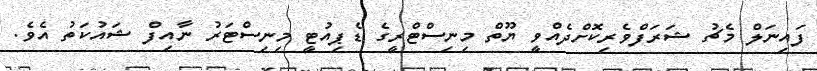
ފައިނަލް މެޗު ޝަރަފްވެރިކޮށްދެއްވީ ޔޫތް މިނިސްޓްރީގެ ޑެޕިއުޓީ މިނިސްޓަރު ނާއިފް ޝައުކަތު އެވެ.